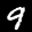
Label: 9